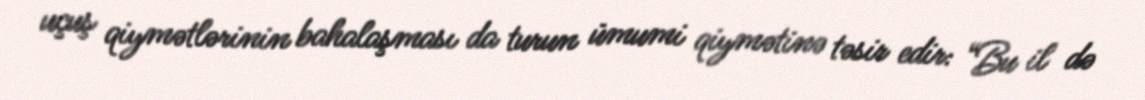
uçuş qiymətlərinin bahalaşması da turun ümumi qiymətinə təsir edir: “Bu il də